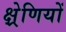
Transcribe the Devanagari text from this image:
क्ष्रेणियों